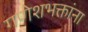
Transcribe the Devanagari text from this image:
गणेशभक्तांना